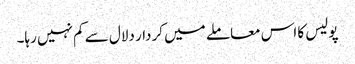
پولیس کا اس معاملے میں کردار دلال سے کم نہیں رہا۔